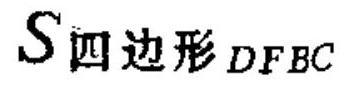
\(S_{四边形DFBC}\)